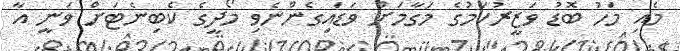
މެއި މަހު ބޮޑު ވަޒީރުކަމުގެ މަގާމަށް ވަޑައިގެންނެވި މޯދީގެ ކެބިނެޓަށް ވަނީ އާ